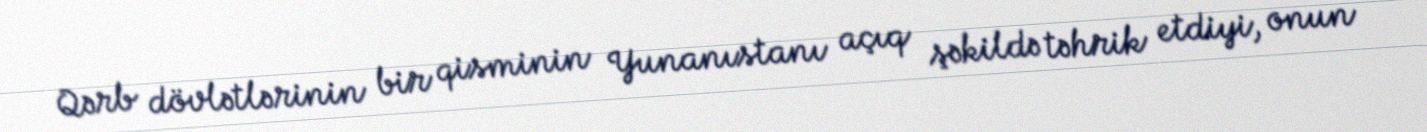
Qərb dövlətlərinin bir qisminin Yunanıstanı açıq şəkildə təhrik etdiyi, onun